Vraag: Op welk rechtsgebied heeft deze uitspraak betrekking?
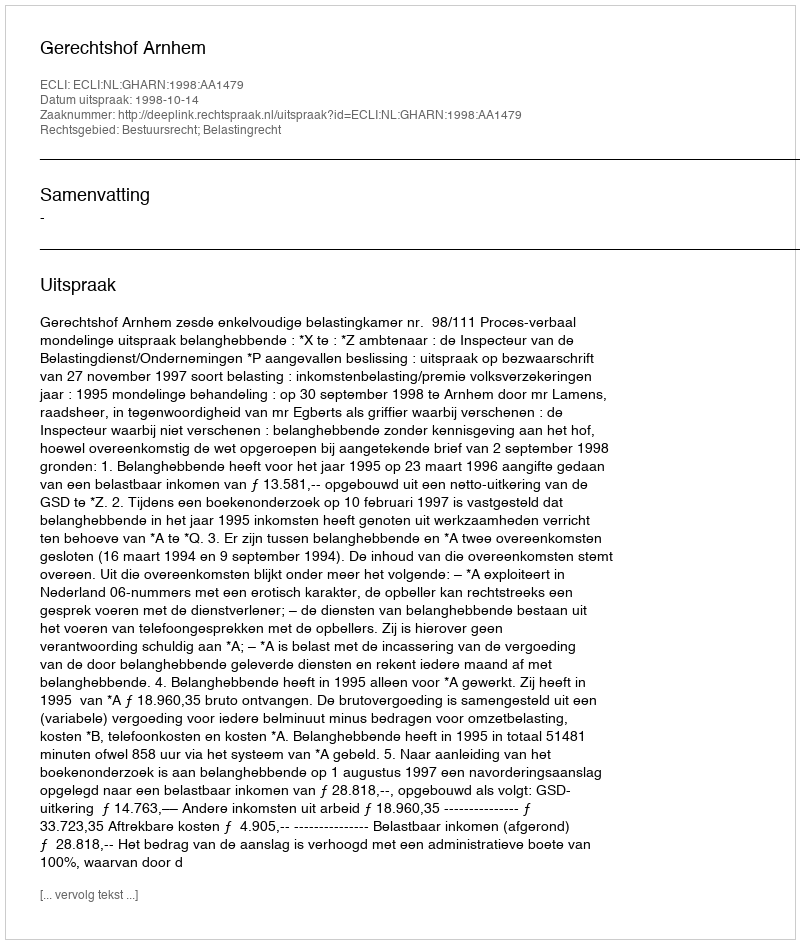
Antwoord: Bestuursrecht; Belastingrecht